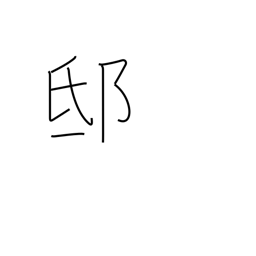
Meaning: mansion